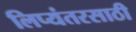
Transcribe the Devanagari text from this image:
लिप्यंतरसाठी